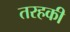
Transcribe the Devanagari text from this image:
तरहकी